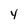
Character: y